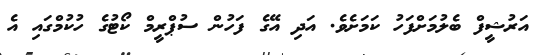
އަރުޝީފް ބެލުމަށްފަހު ކަމަށެވެ. އަދި އޭގެ ފަހުން ސުޕްރީމް ކޯޓުގެ ހުކުމްގައި އެ